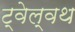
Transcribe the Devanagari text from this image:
ट्वेल्वथ